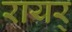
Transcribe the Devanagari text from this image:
रायर्